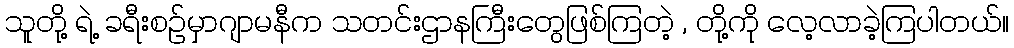
သူတို့ ရဲ့ ခရီးစဉ်မှာဂျာမနီက သတင်းဌာနကြီးတွေဖြစ်ကြတဲ့ , တို့ကို လေ့လာခဲ့ကြပါတယ်။